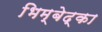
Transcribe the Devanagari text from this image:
भिम्बेद्का